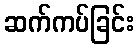
ဆက်ကပ်ခြင်း